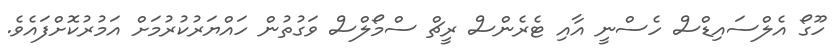
ހޫގޯ އެލްސައިޑްސް ހެސްނީ އާއި ޓެރެންސް ރީޗް ސްމޯލްސް ވަގުތުން ހައްޔަރުކުރުމަށް އަމުރުކޮށްފައެވެ.